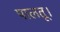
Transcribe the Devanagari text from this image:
पालतू।